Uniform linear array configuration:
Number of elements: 4
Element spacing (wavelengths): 0.75
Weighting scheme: hamming
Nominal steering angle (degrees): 0
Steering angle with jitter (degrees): -1.167
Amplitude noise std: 0.05
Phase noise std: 0.05

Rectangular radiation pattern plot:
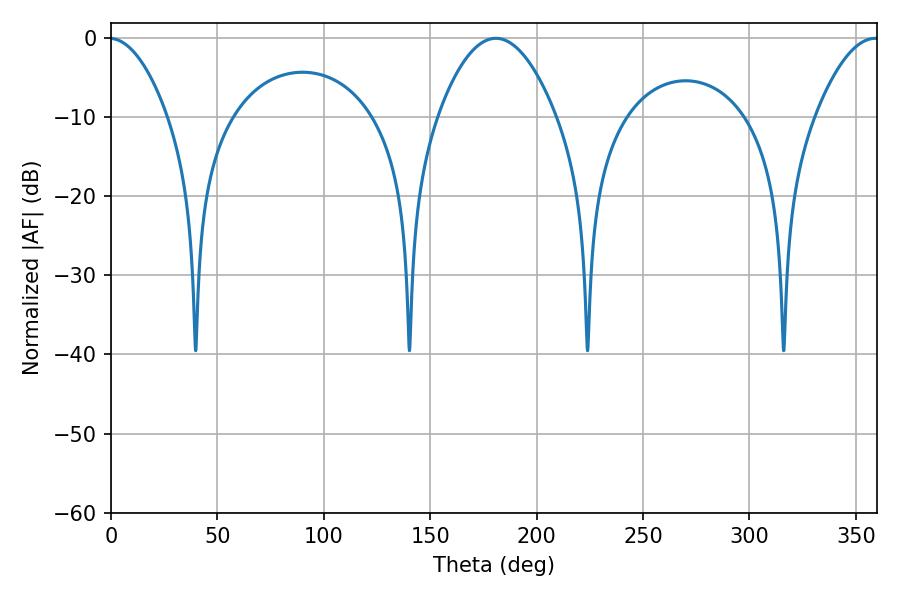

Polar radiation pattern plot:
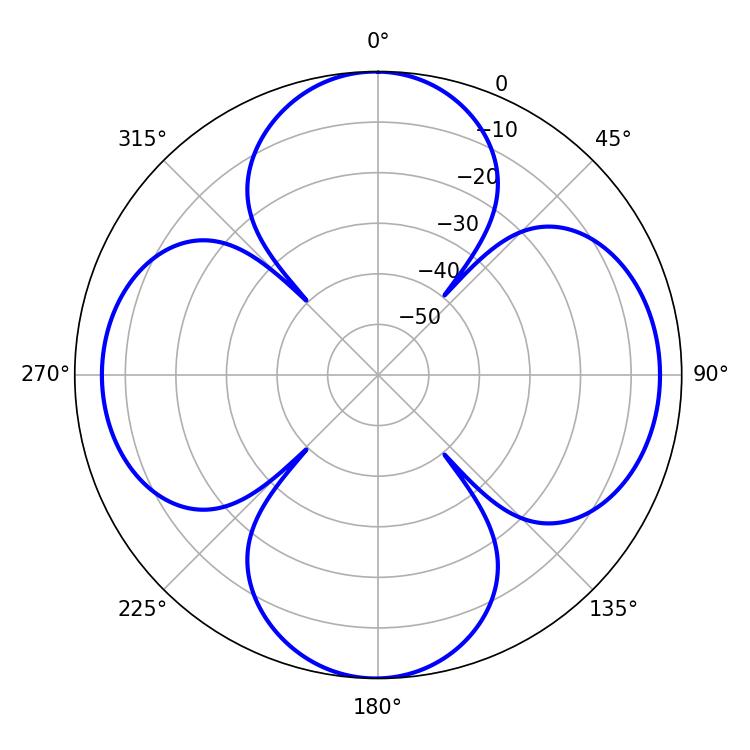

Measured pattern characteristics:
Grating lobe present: TRUE
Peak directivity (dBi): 15.025
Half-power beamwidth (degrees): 30.6
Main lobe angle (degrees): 180.9